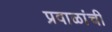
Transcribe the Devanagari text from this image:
प्रवाळांची